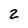
Character: 2